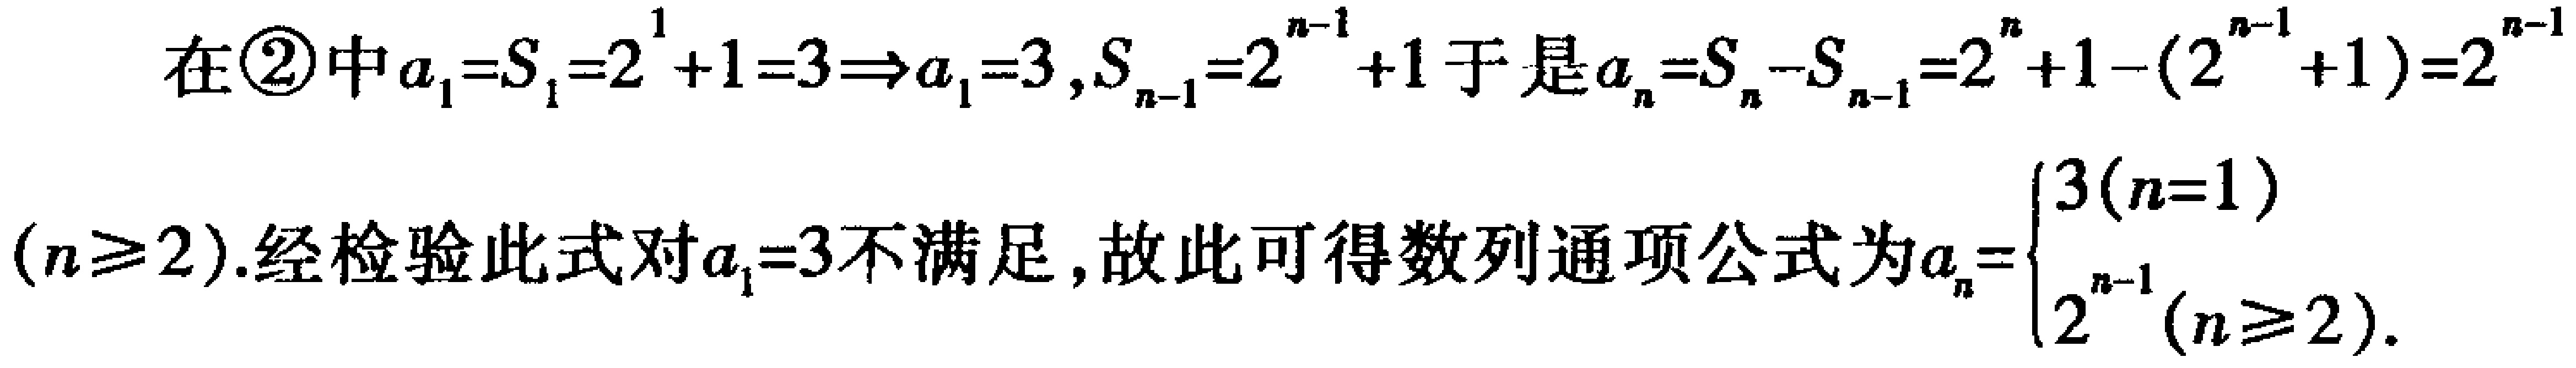
在\textcircled{2}中\(a_{1}=S_{1}=2^{1}+1 = 3\Rightarrow a_{1}=3\)，\(S_{n - 1}=2^{n - 1}+1\)于是\(a_{n}=S_{n}-S_{n - 1}=2^{n}+1-(2^{n - 1}+1)=2^{n - 1}\) (\(n\geq2\)).经检验此式对\(a_{1}=3\)不满足，故此可得数列通项公式为\(a_{n}=\begin{cases}3(n = 1)\\2^{n - 1}(n\geq2)\end{cases}\).